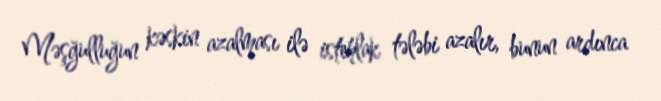
Məşğulluğun kəskin azalması ilə istehlak tələbi azalır, bunun ardınca